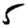
Digit: 5